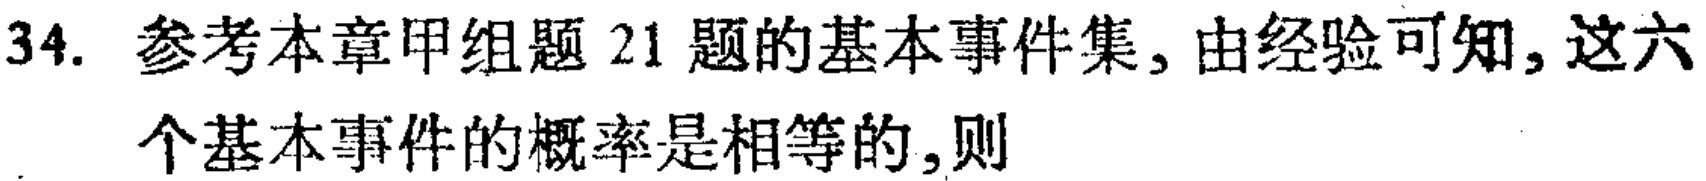
34. 参考本章甲组题 21 题的基本事件集, 由经验可知, 这六个基本事件的概率是相等的,则